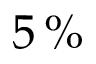
5 \, \%